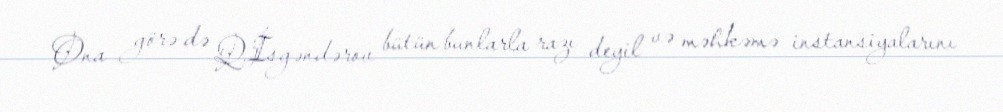
Ona görə də Q.İsgəndərov bütün bunlarla razı deyil və məhkəmə instansiyalarını